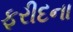
ફરીદના